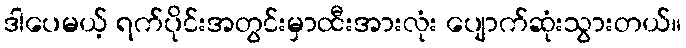
ဒါပေမယ့် ရက်ပိုင်းအတွင်းမှာထီးအားလုံး ပျောက်ဆုံးသွားတယ်။